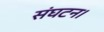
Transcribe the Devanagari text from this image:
संघटन।